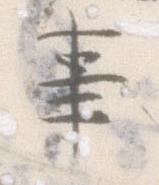
事